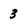
Character: 3